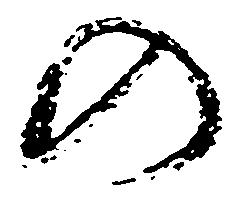
の